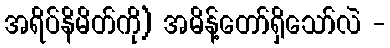
အရိပ်နိမိတ်ကို) အမိန့်တော်ရှိသော်လဲ -